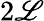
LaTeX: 2\mathscr{L}